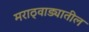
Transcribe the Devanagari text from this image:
मराठ्वाड्यातील